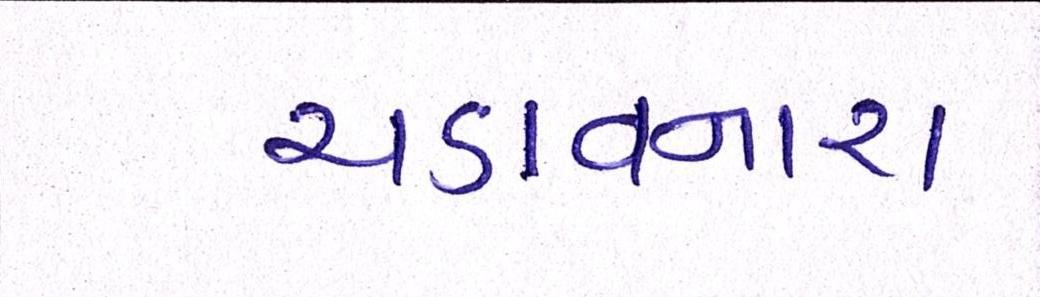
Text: ચડાવનારા